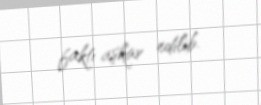
faktı aşkar edilib.